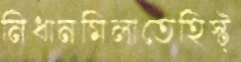
নিধানমিলাতেহিস্ট্